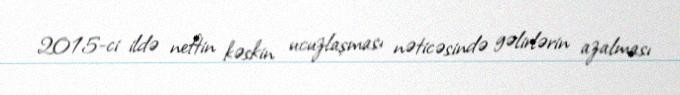
2015-ci ildə neftin kəskin ucuzlaşması nəticəsində gəlirlərin azalması